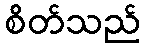
စိတ်သည်